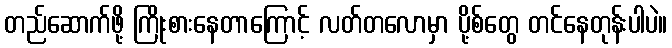
တည်ဆောက်ဖို့ ကြိုးစားနေတာကြောင့် လတ်တလောမှာ ပို့စ်တွေ တင်နေတုန်းပါပဲ။